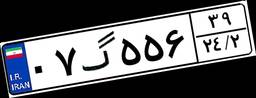
۰۷گ۵۵۶۳۹